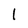
Character: 1